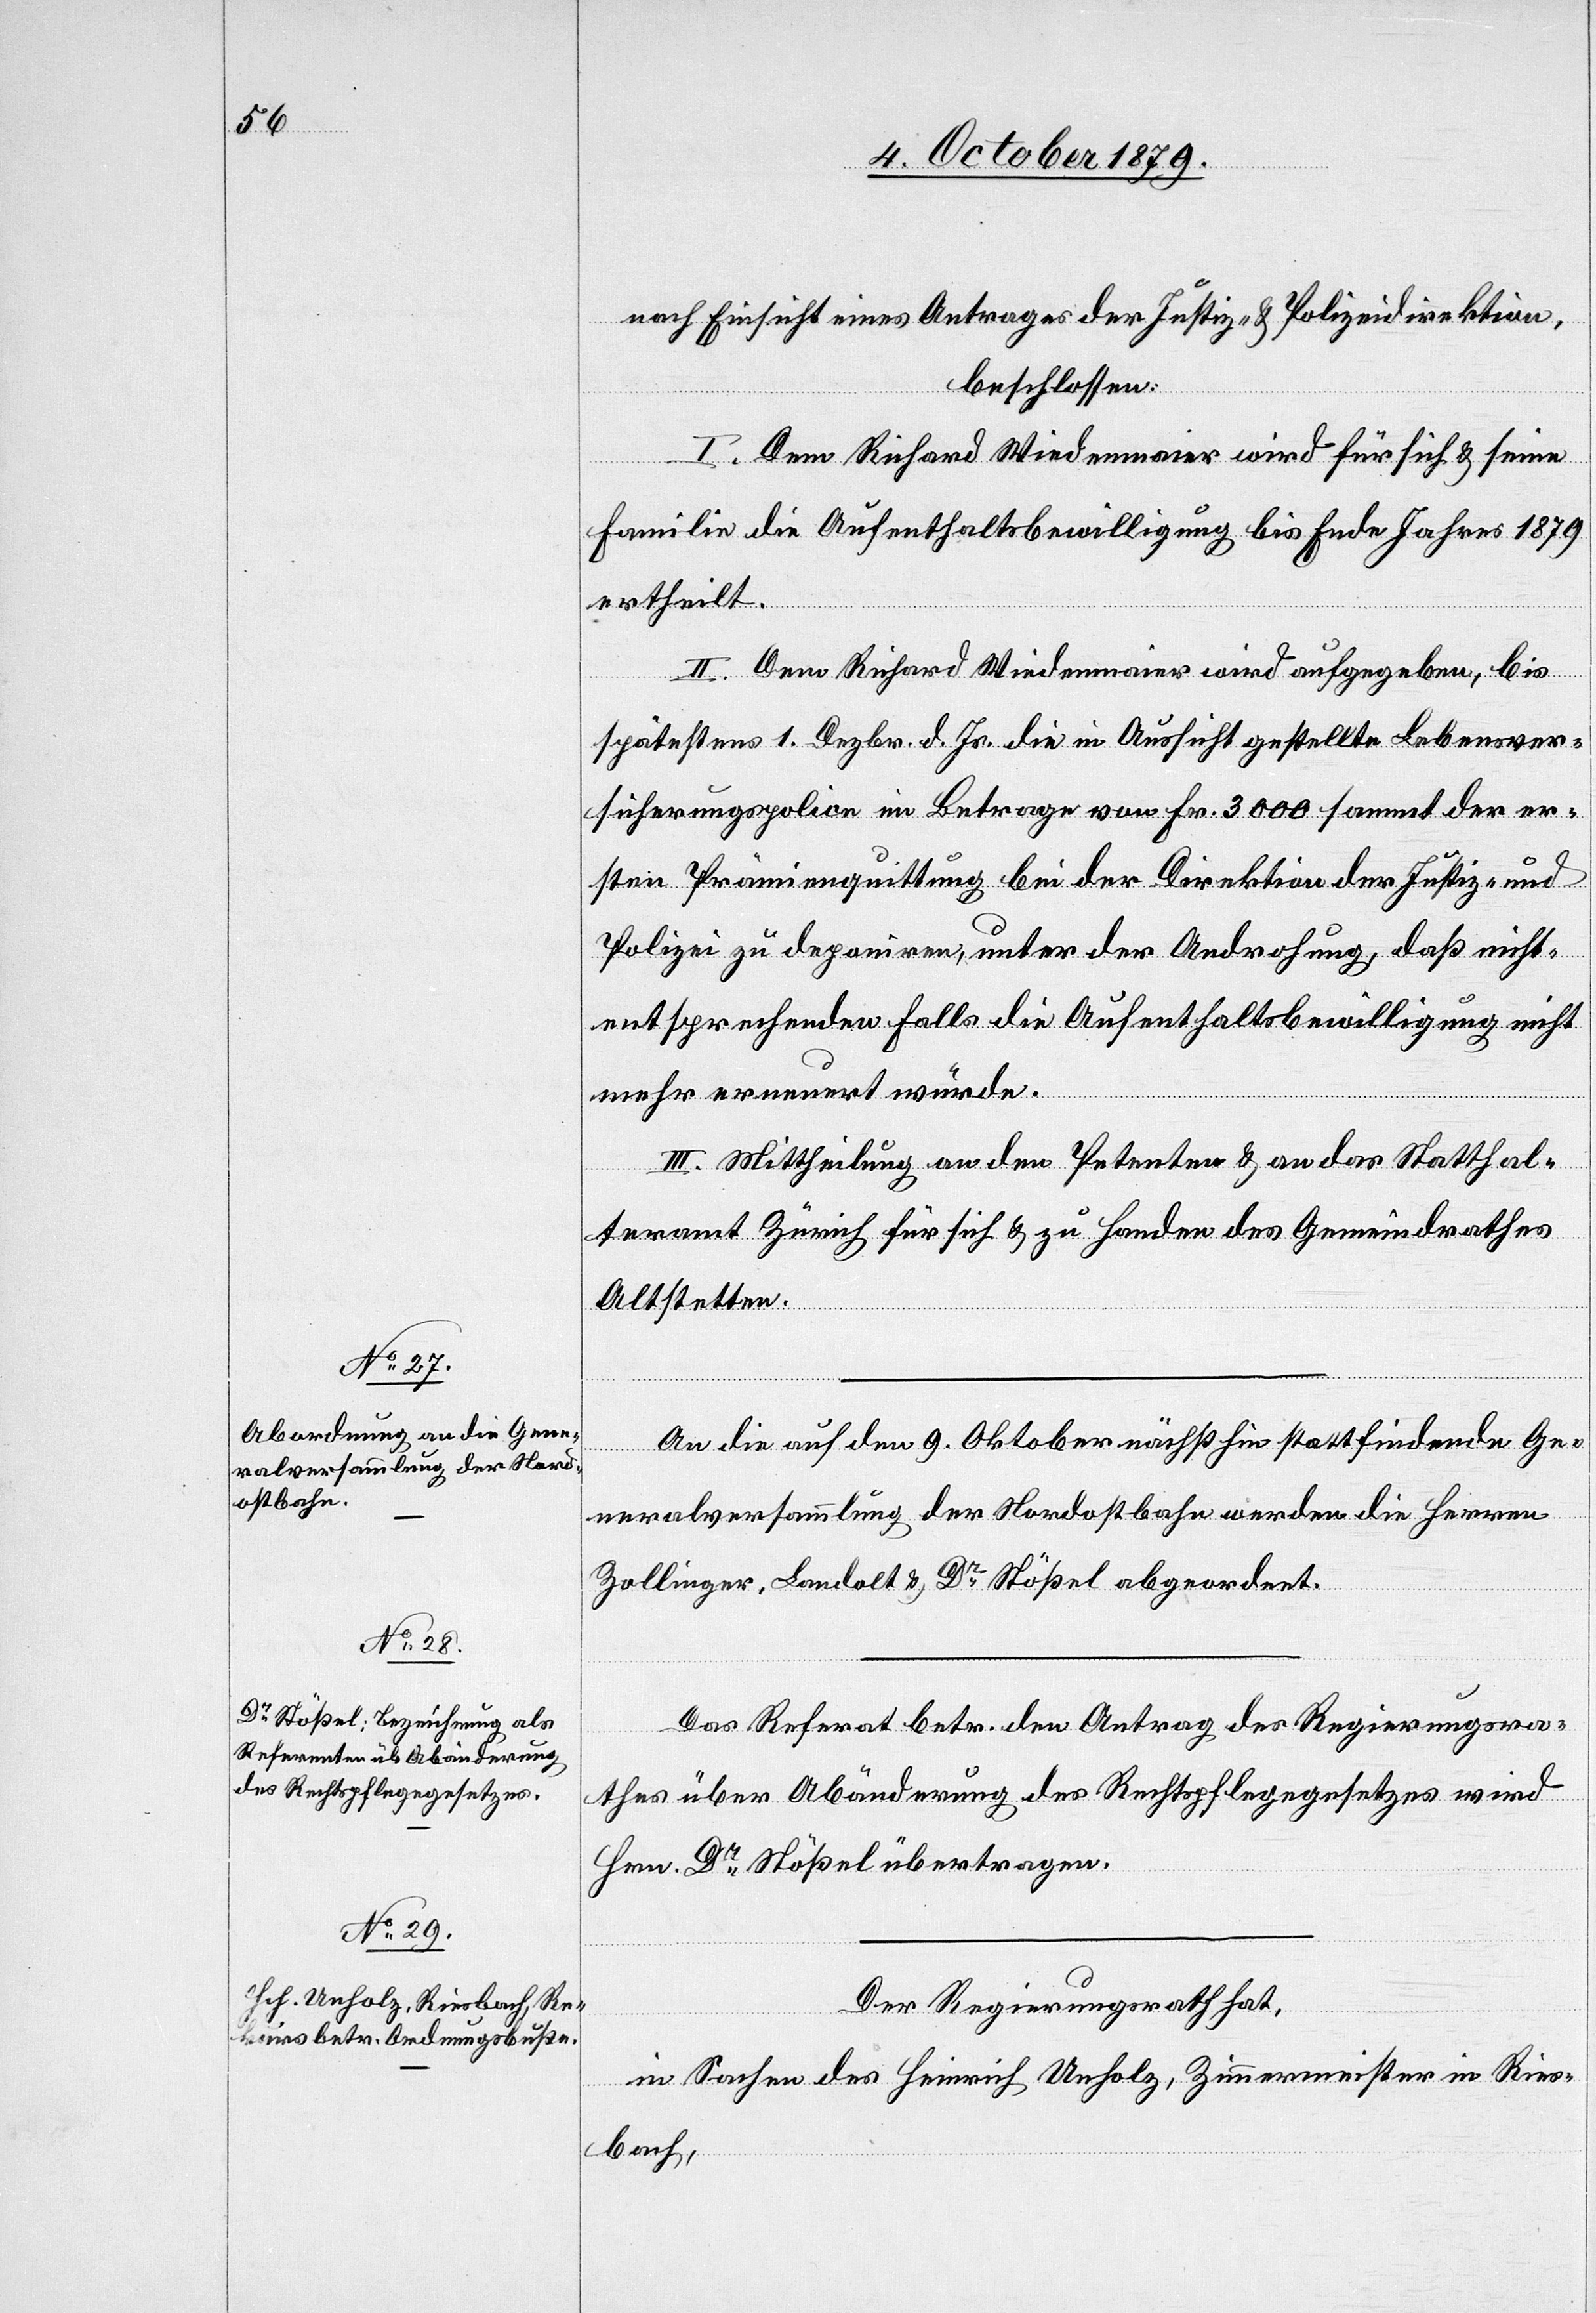
nach Einsicht eines Antrages der Justiz- & Polizeidirektion,
beschlossen:
I. Dem Richard Wiedenmaier wird für sich & seine
Familie die Aufenthaltsbewilligung bis Ende Jahres 1879
ertheilt.
II. Dem Richard Wiedenmaier wird aufgegeben, bis
spätestens 1. Dezbr. d. Js. die in Aussicht gestellte Lebensver¬
sicherungspolice im Betrage von Fr. 3000 sammt der er¬
sten Prämienquittung bei der Direktion der Justiz und
Polizei zu deponiren, unter der Androhung, daß nicht¬
entsprechenden Falls die Aufenthaltsbewilligung nicht
mehr erneuert würde.
III. Mittheilung an den Petenten & an das Statthal¬
teramt Zürich für sich & zu Handen des Gemeindrathes
Altstetten.
An die auf den 9. Oktober nächsthin stattfindende Ge¬
neralversammlung der Nordostbahn werden die Herren
Zollinger, Landolt & Dr Stößel abgeordnet.
Das Referat betr. den Antrag des Regierungsra¬
thes über Abänderung des Rechtspflegegesetzes wird
Hrn. Dr Stößel übertragen.
Der Regierungsrath hat,
in Sachen des Heinrich Unholz, Zimmermeister in Ries¬
bach,